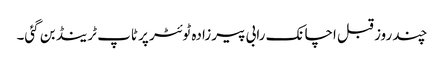
چند روز قبل اچانک رابی پیرزادہ ٹوئٹر پر ٹاپ ٹرینڈ بن گئی۔